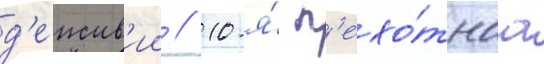
д'еиств'ии // 10-я́ п'ехо́тнаа